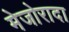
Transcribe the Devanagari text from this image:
मेजोरादा